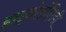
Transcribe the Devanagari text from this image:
हाइनोडोंटिडी